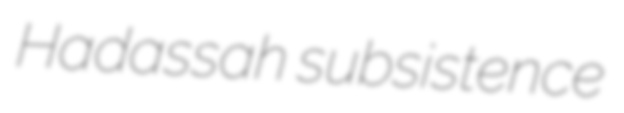
Hadassah subsistence